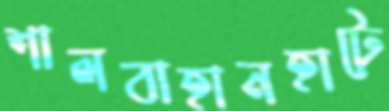
শালবাহানহাটে